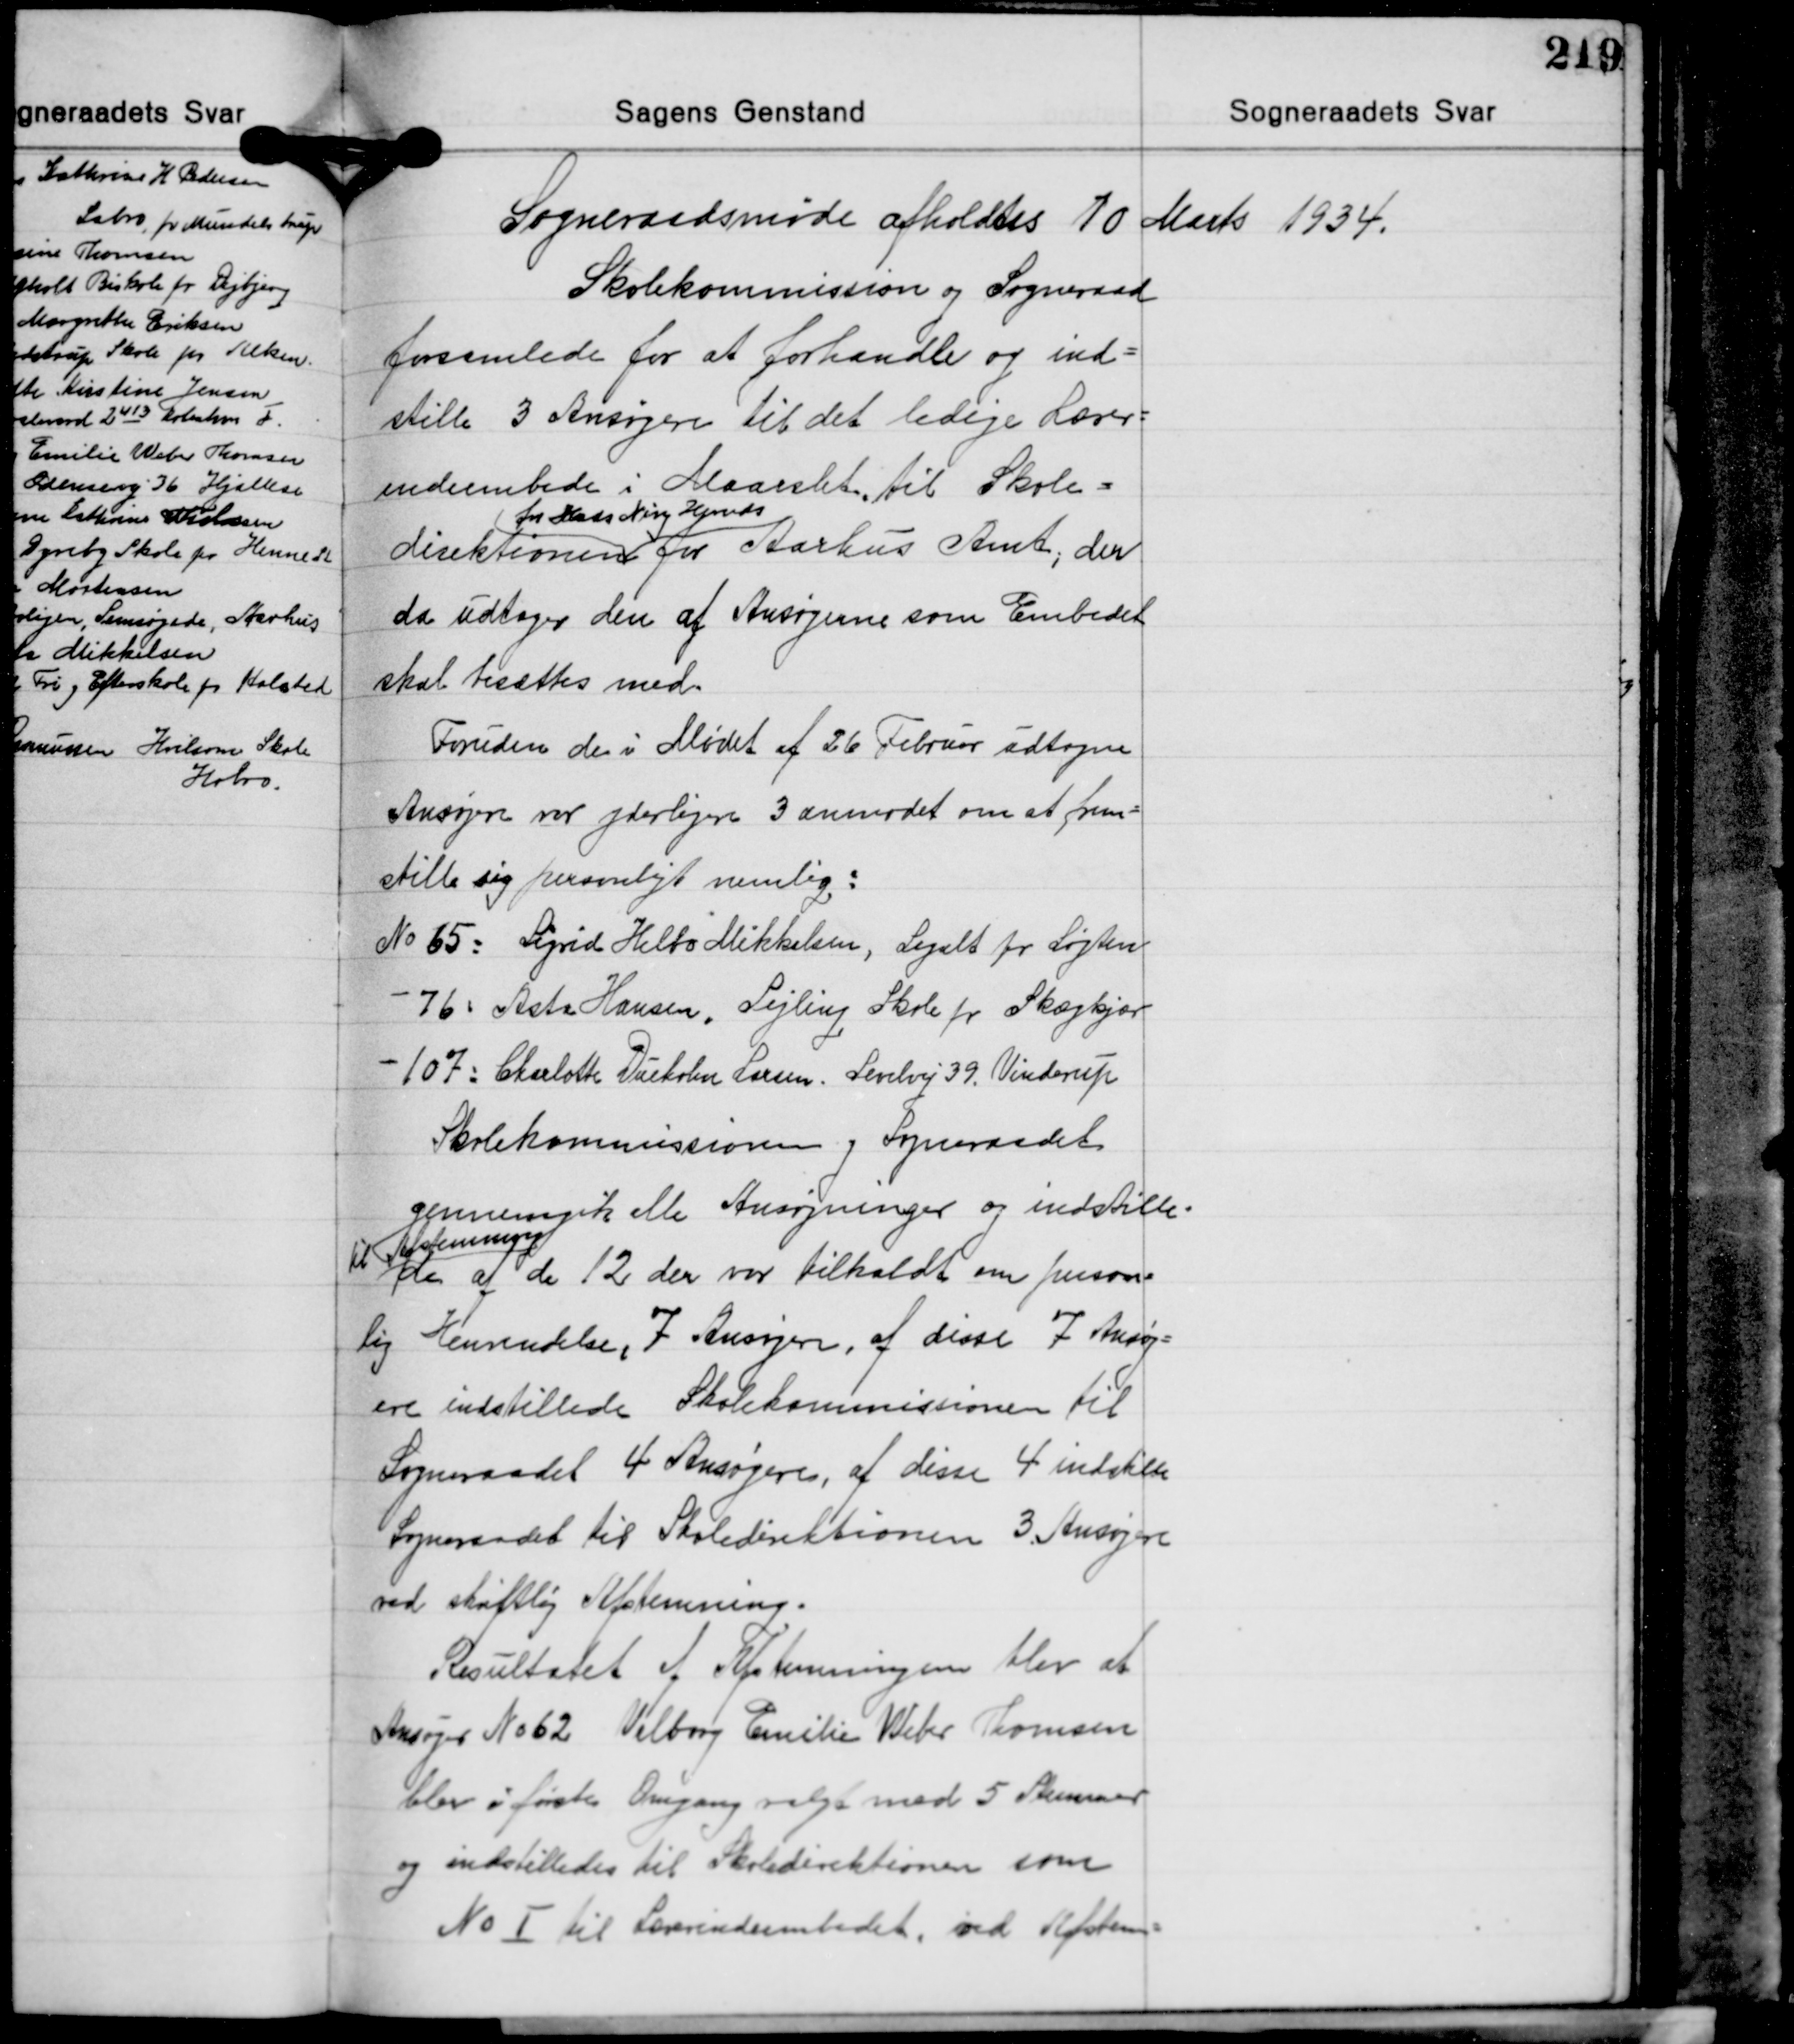
Transskription:
Sogneraadsmøde afholdtes 10 Marts 1934.

Skolekommission og Sogneraad
forsamlede for at forhandle og ind-
stille 3 Ansøgere til det ledige Lærer-
indeembede i Maarslet, til Skole-
for Mads Ning Herreds
direktionen for Aarhus Amt, der
da udtager den af Ansøgerne som Embedet
skal besættes med.

Foruden de i Mødet af 26 Februar udtagne
Ansøgere var yderligere 3 anmodet om at frem-
stille sig personligt nemlig:
No 65: Sigrid Helbo Mikkelsen, Segalt pr. Løgten
- 76: Asta Hansen, Sejling Skole pr. Skægkjær
- 107: Charlotte Dueholm Larsen, Levelvej 39. Vinderup
Skolekommissionen og Sogneraadet

gennemgik alle Ansøgninger og indstille-
til afstemning
de af de 12 der var tilkaldt om person-
lig Henvendelse, 7 Ansøgere, af disse 7 Ansøg-
ere indstillede Skolekommissionen til
Sogneraadet 4 Ansøgere, af disse 4 indstille
Sogneraadet til Skoledirektionen 3 Ansøgere
ved skriftlig Afstemning.
Resultatet af Afstemningen blev at
Ansøger No 62 Valborg Emilie Weber Tomsen
blev i første Omgang valgt med 5 Stemmer
og indstilledes til Skoledirektionen som
No Ⅰ til Lærerindeembedet, ved Afstem-